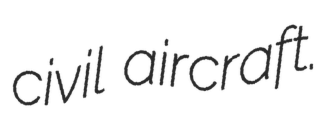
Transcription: civil aircraft.